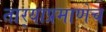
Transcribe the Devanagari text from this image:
तार्‍याप्रमाणेच